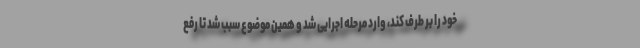
خود را بر طرف کند، وارد مرحله اجرایی شد و همین موضوع سبب شد تا رفع